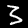
Label: 3